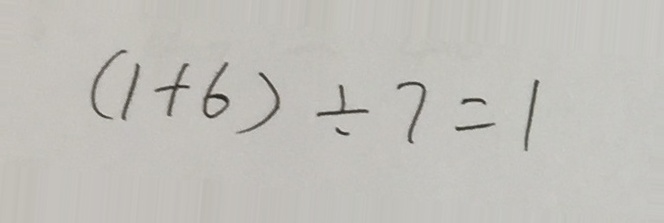
( 1 + 6 ) \div 7 = 1